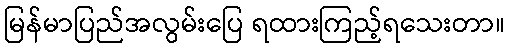
မြန်မာပြည်အလွမ်းပြေ ရထားကြည့်ရသေးတာ။